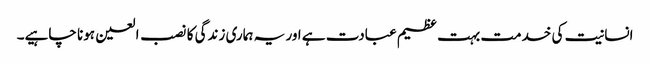
انسانیت کی خدمت بہت عظیم عبادت ہے اور یہ ہماری زندگی کا نصب العین ہونا چاہیے۔